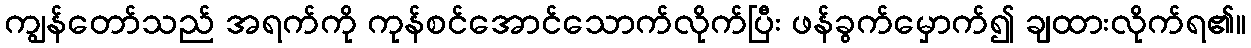
ကျွန်တော်သည် အရက်ကို ကုန်စင်အောင်သောက်လိုက်ပြီး ဖန်ခွက်မှောက်၍ ချထားလိုက်ရ၏။